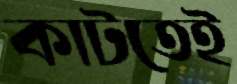
কাটতেই